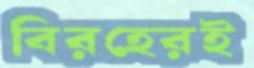
বিরহেরই